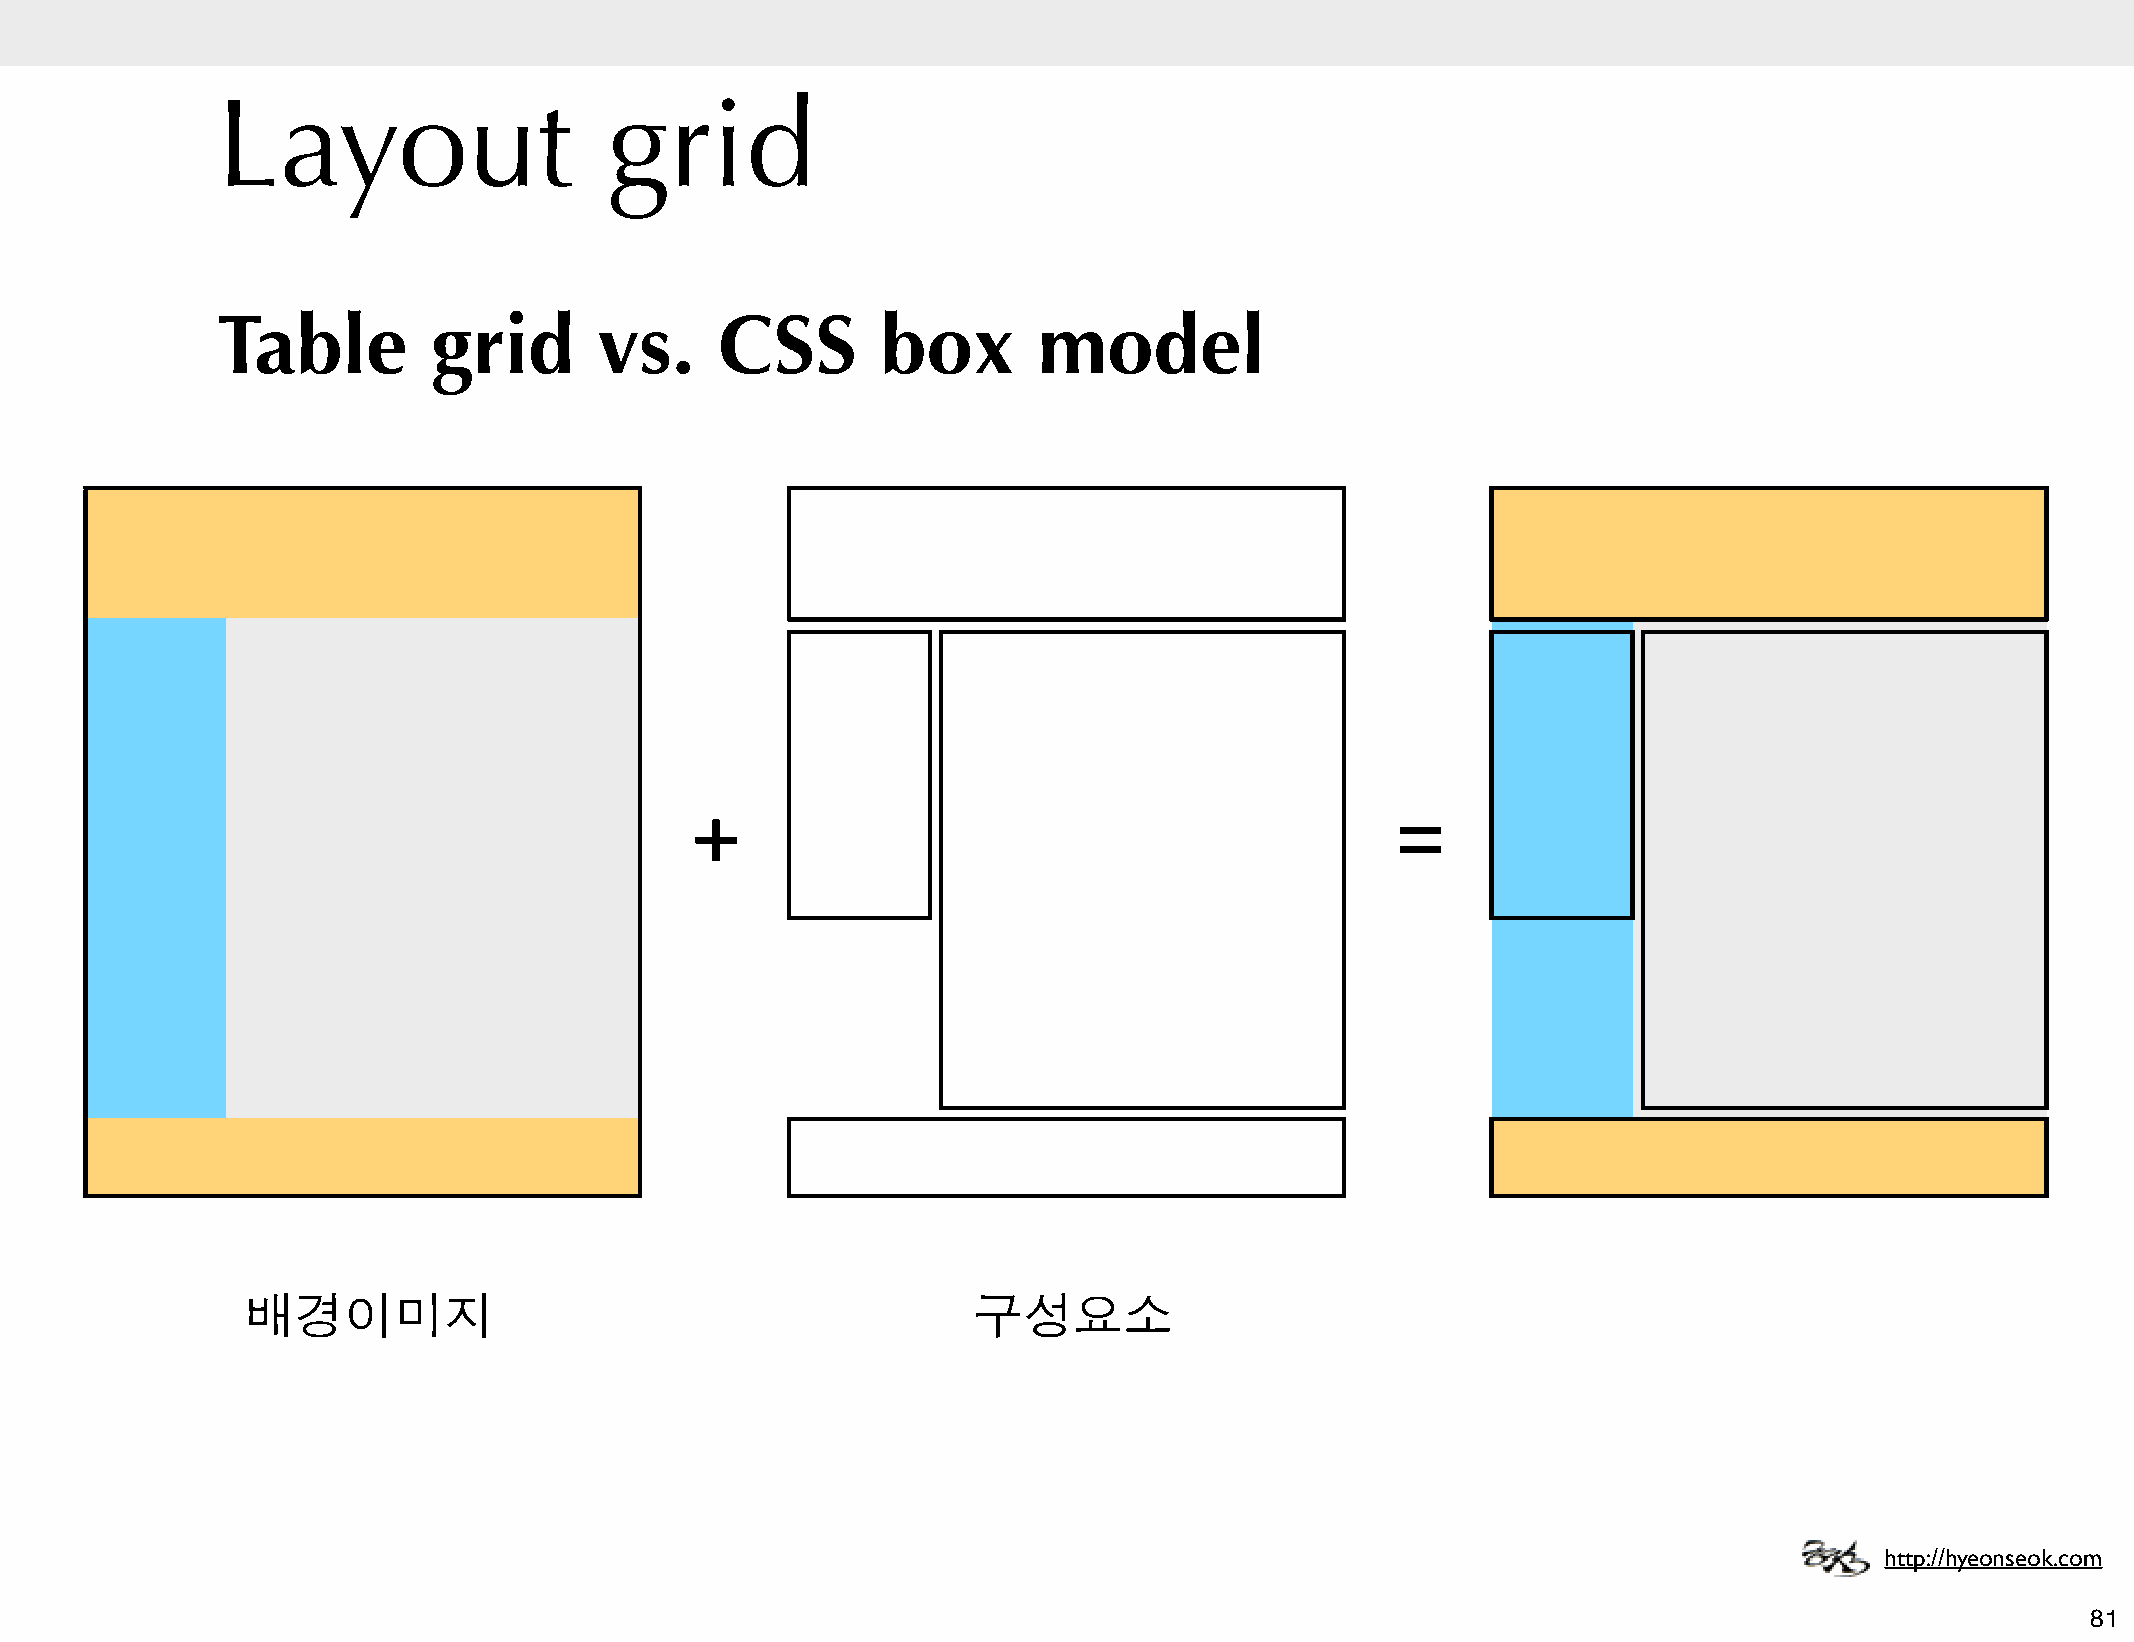
Layout                    grid
 Table          grid       vs.     CSS       box        model
 +                                             =
 배경이미지                                           구성요소
 http://hyeonseok.com
 81